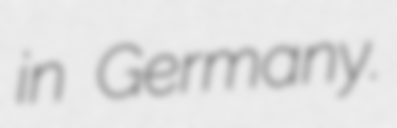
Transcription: in Germany.